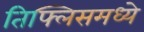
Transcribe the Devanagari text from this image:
तिफ्लिसमध्ये